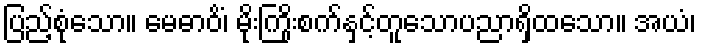
ပြည့်စုံသော။ မေဓာဝိံ၊ မိုးကြိုးစက်နှင့်တူသောပညာရှိထသော။ အယံ၊